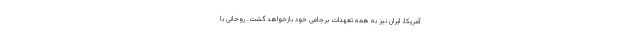
آمریکا، ایران نیز به همه تعهدات برجامی خود بازخواهد گشت. روحانی با